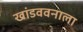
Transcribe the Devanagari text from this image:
खांडववनाला